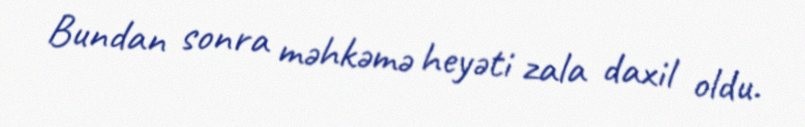
Bundan sonra məhkəmə heyəti zala daxil oldu.